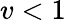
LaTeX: v<1